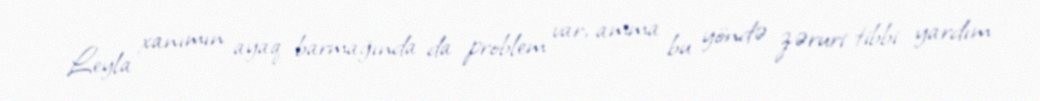
Leyla xanımın ayaq barmağında da problem var, amma bu yöndə zəruri tibbi yardım